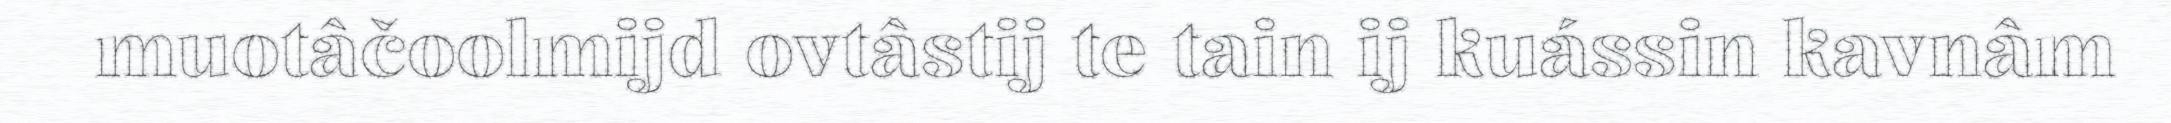
muotâčoolmijd ovtâstij te tain ij kuássin kavnâm